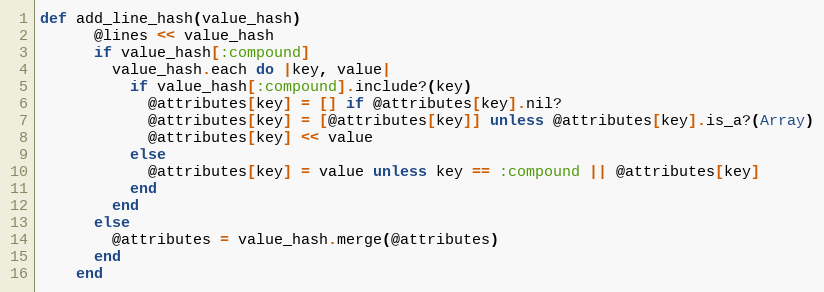
Language: Ruby
def add_line_hash(value_hash)
      @lines << value_hash
      if value_hash[:compound]
        value_hash.each do |key, value|
          if value_hash[:compound].include?(key)
            @attributes[key] = [] if @attributes[key].nil?
            @attributes[key] = [@attributes[key]] unless @attributes[key].is_a?(Array)
            @attributes[key] << value
          else
            @attributes[key] = value unless key == :compound || @attributes[key]
          end
        end
      else
        @attributes = value_hash.merge(@attributes)
      end
    end